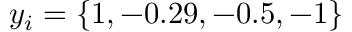
y _ { i } = \{ 1 , - 0 . 2 9 , - 0 . 5 , - 1 \}